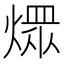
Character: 𤎏